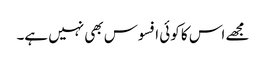
مجھے اس کا کوئی افسوس بھی نہیں ہے۔